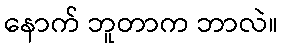
နောက် ဘူတာက ဘာလဲ။